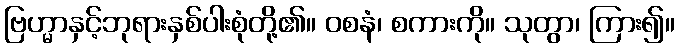
ဗြဟ္မာနှင့်ဘုရားနှစ်ပါးစုံတို့၏။ ဝစနံ၊ စကားကို။ သုတွာ၊ ကြား၍။